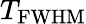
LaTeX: T_{\mathrm{FWHM}}